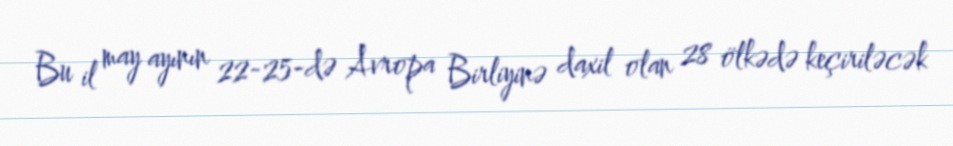
Bu il may ayının 22-25-də Avropa Birliyinə daxil olan 28 ölkədə keçiriləcək